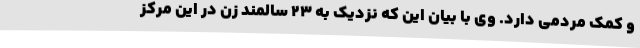
و کمک مردمی دارد. وی با بیان این که نزدیک به 23 سالمند زن در این مرکز